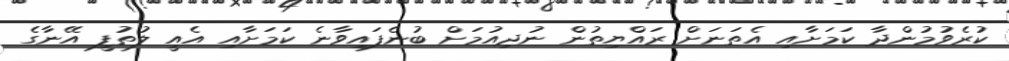
ކުރެވުމުންދާ ކަމަށާއި އެތަނަށް ރައްޔިތުން ނުދިއުމަށް ބުނެފައިވާނެ ކަމަށާއި އެއީ ލުތުފީ އޭނާގެ